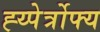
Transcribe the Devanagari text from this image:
ह्य्पेर्त्रोफ्य